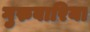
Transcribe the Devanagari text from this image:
गुरुवारिया